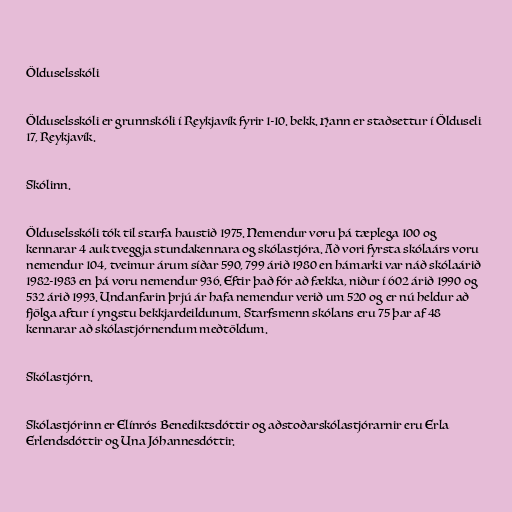
Ölduselsskóli

Ölduselsskóli er grunnskóli í Reykjavík fyrir 1-10. bekk. Hann er staðsettur í Ölduseli
17, Reykjavík.

Skólinn.

Ölduselsskóli tók til starfa haustið 1975. Nemendur voru þá tæplega 100 og
kennarar 4 auk tveggja stundakennara og skólastjóra. Að vori fyrsta skólaárs voru
nemendur 104, tveimur árum síðar 590, 799 árið 1980 en hámarki var náð skólaárið
1982-1983 en þá voru nemendur 936. Eftir það fór að fækka, niður í 602 árið 1990 og
532 árið 1993. Undanfarin þrjú ár hafa nemendur verið um 520 og er nú heldur að
fjölga aftur í yngstu bekkjardeildunum. Starfsmenn skólans eru 75 þar af 48
kennarar að skólastjórnendum meðtöldum.

Skólastjórn.

Skólastjórinn er Elínrós Benediktsdóttir og aðstoðarskólastjórarnir eru Erla
Erlendsdóttir og Una Jóhannesdóttir.